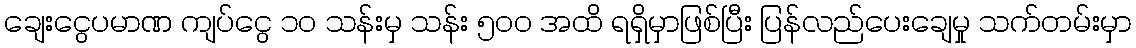
ချေးငွေပမာဏ ကျပ်ငွေ ၁၀ သန်းမှ သန်း ၅၀၀ အထိ ရရှိမှာဖြစ်ပြီး ပြန်လည်ပေးချေမှု သက်တမ်းမှာ